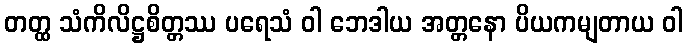
တတ္ထ သံကိလိဋ္ဌစိတ္တဿ ပရေသံ ဝါ ဘေဒါယ အတ္တနော ပိယကမျတာယ ဝါ